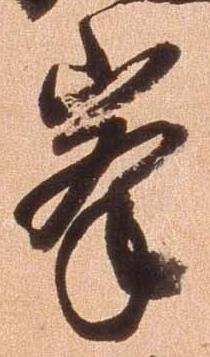
峰